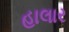
હાલાર